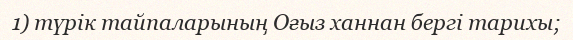
1) түрік тайпаларының Оғыз ханнан бергі тарихы;